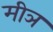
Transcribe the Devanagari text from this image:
मीञ